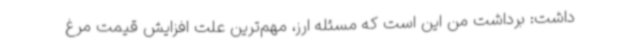
داشت: برداشت من این است که مسئله ارز، مهم‌ترین علت افزایش قیمت مرغ